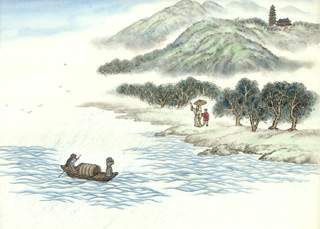
对朝云叆叇，暮雨霏微，乱峰相倚。